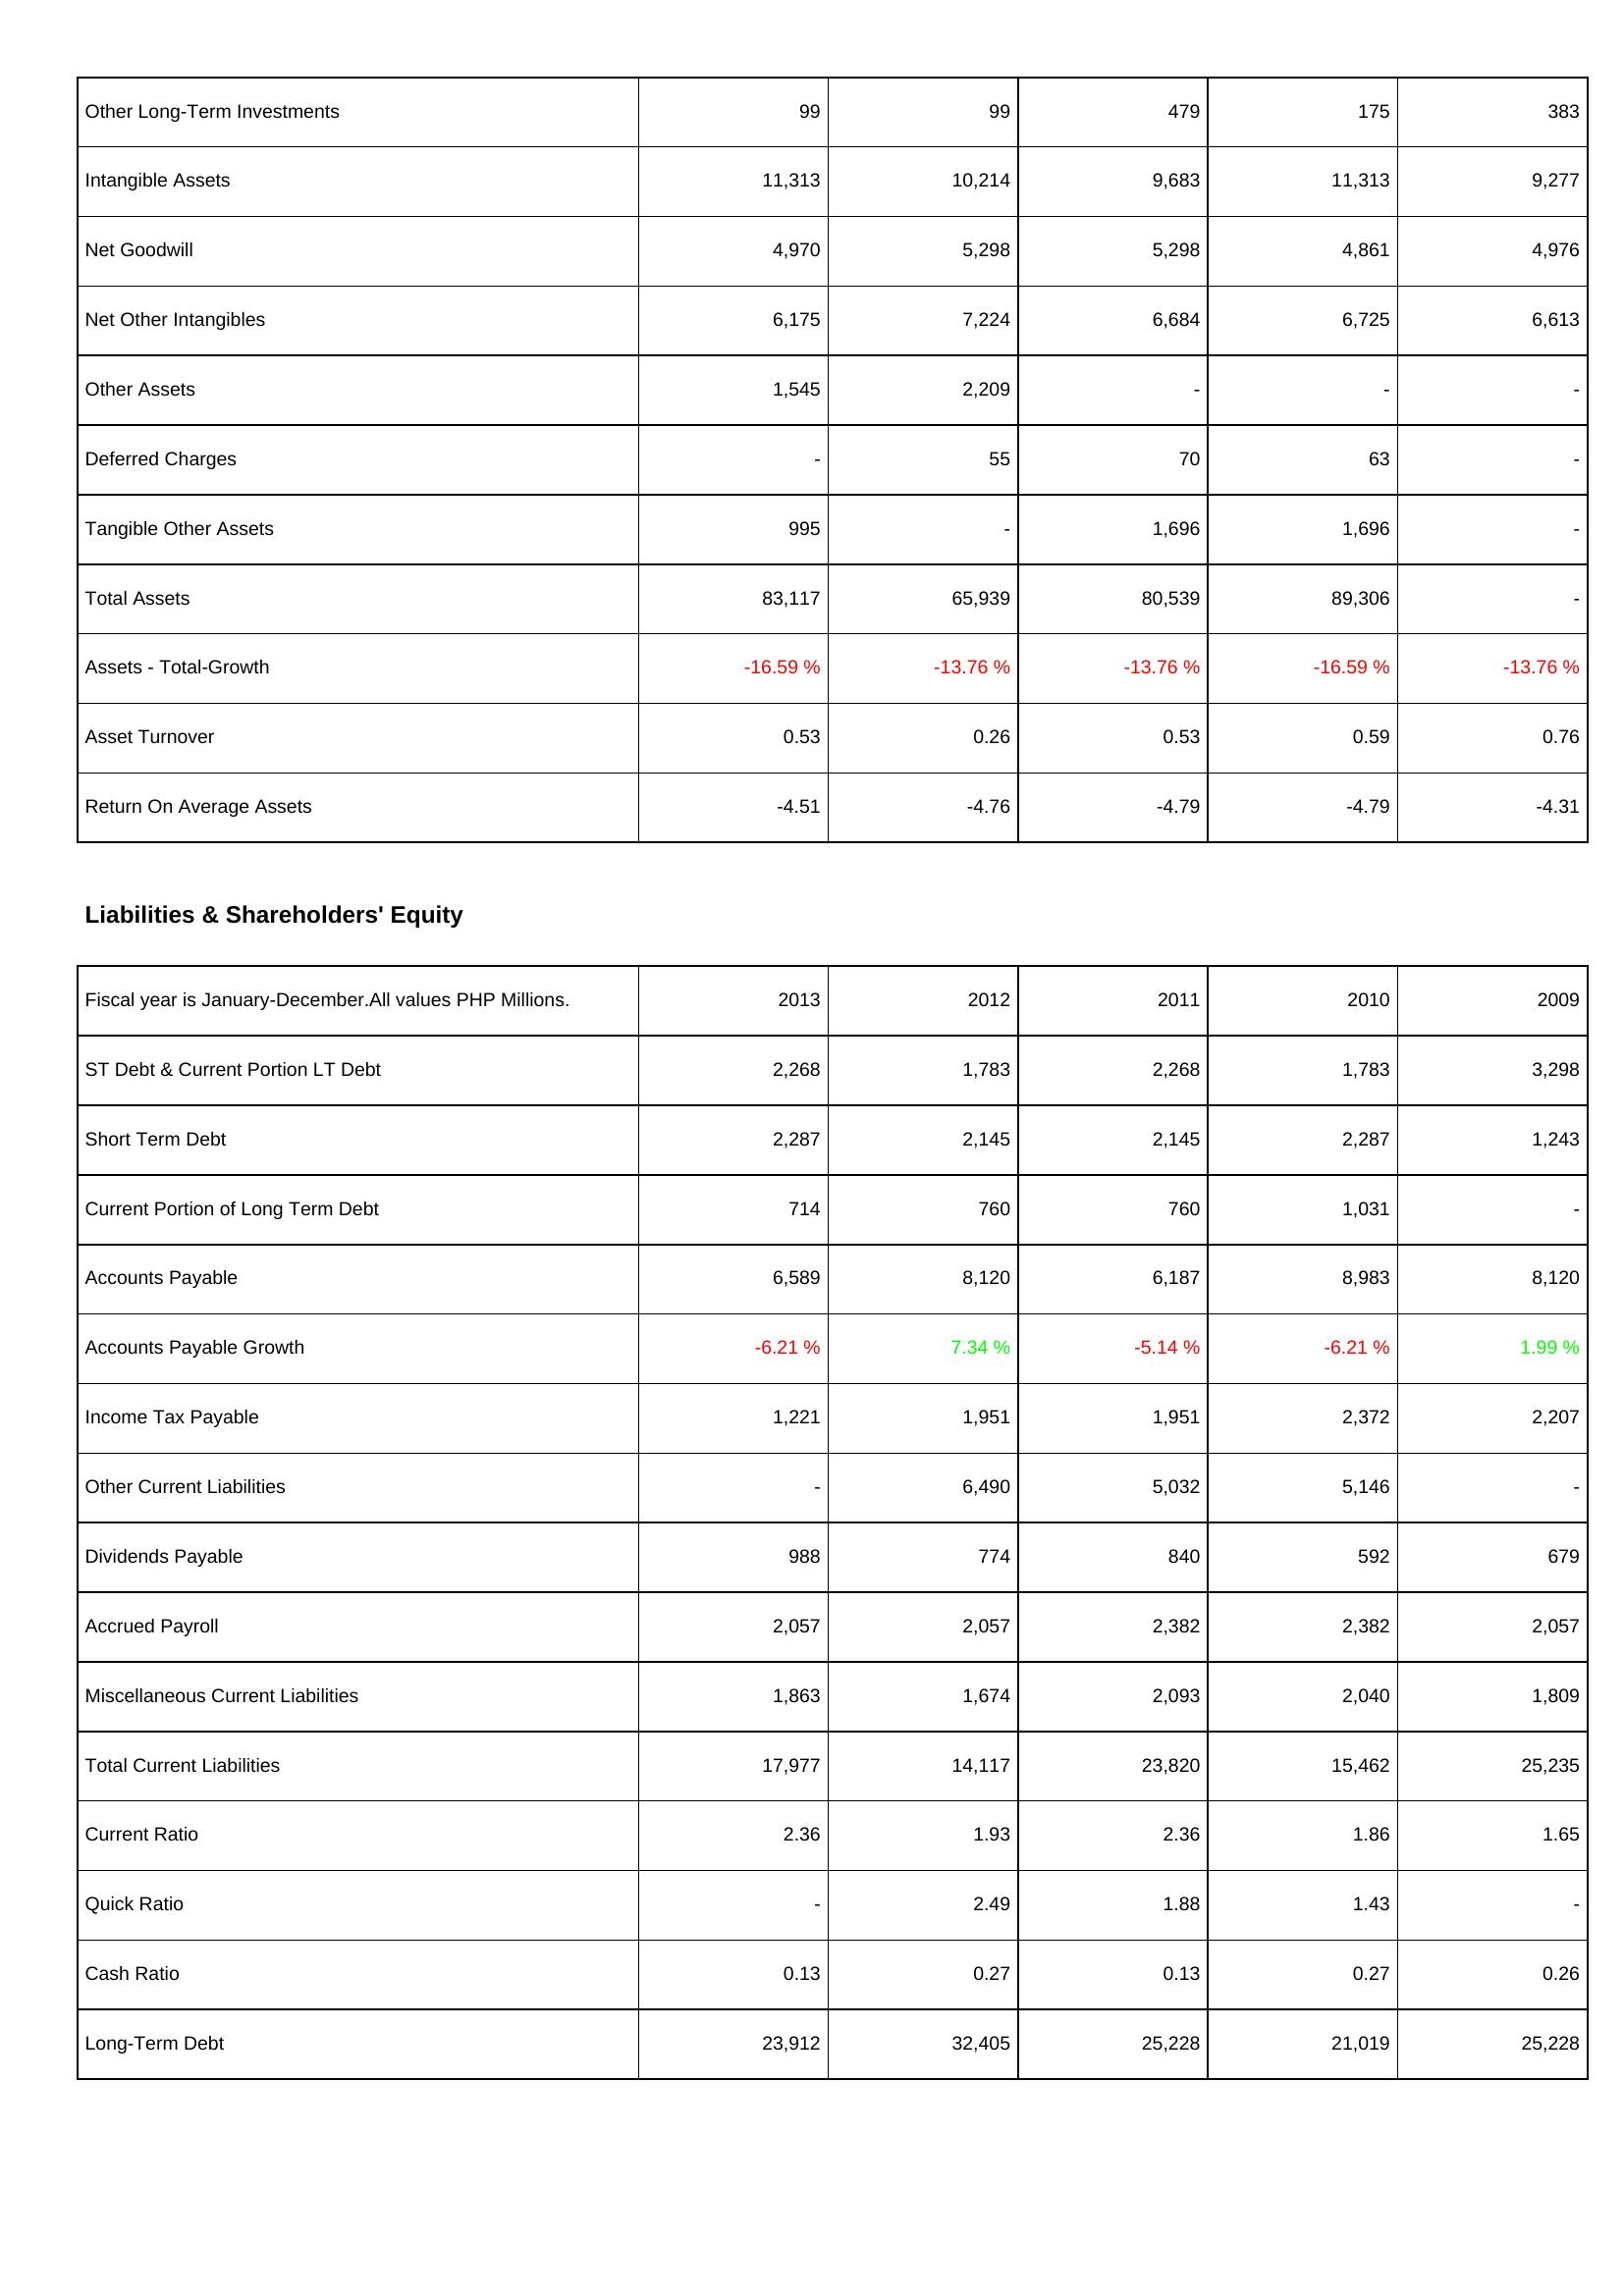
2013: Assets: Other Long-Term Investments: 99
Intangible Assets: 11,313
Net Goodwill: 4,970
Net Other Intangibles: 6,175
Other Assets: 1,545
Deferred Charges: -
Tangible Other Assets: 995
Total Assets: 83,117
Assets - Total-Growth: -16.59 %
Asset Turnover: 0.53
Return On Average Assets: -4.51
Liabilities & Shareholders' Equity: ST Debt & Current Portion LT Debt: 2,268
Short Term Debt: 2,287
Current Portion of Long Term Debt: 714
Accounts Payable: 6,589
Accounts Payable Growth: -6.21 %
Income Tax Payable: 1,221
Other Current Liabilities: -
Dividends Payable: 988
Accrued Payroll: 2,057
Miscellaneous Current Liabilities: 1,863
Total Current Liabilities: 17,977
Current Ratio: 2.36
Quick Ratio: -
Cash Ratio: 0.13
Long-Term Debt: 23,912
2012: Assets: Other Long-Term Investments: 99
Intangible Assets: 10,214
Net Goodwill: 5,298
Net Other Intangibles: 7,224
Other Assets: 2,209
Deferred Charges: 55
Tangible Other Assets: -
Total Assets: 65,939
Assets - Total-Growth: -13.76 %
Asset Turnover: 0.26
Return On Average Assets: -4.76
Liabilities & Shareholders' Equity: ST Debt & Current Portion LT Debt: 1,783
Short Term Debt: 2,145
Current Portion of Long Term Debt: 760
Accounts Payable: 8,120
Accounts Payable Growth: 7.34 %
Income Tax Payable: 1,951
Other Current Liabilities: 6,490
Dividends Payable: 774
Accrued Payroll: 2,057
Miscellaneous Current Liabilities: 1,674
Total Current Liabilities: 14,117
Current Ratio: 1.93
Quick Ratio: 2.49
Cash Ratio: 0.27
Long-Term Debt: 32,405
2011: Assets: Other Long-Term Investments: 479
Intangible Assets: 9,683
Net Goodwill: 5,298
Net Other Intangibles: 6,684
Other Assets: -
Deferred Charges: 70
Tangible Other Assets: 1,696
Total Assets: 80,539
Assets - Total-Growth: -13.76 %
Asset Turnover: 0.53
Return On Average Assets: -4.79
Liabilities & Shareholders' Equity: ST Debt & Current Portion LT Debt: 2,268
Short Term Debt: 2,145
Current Portion of Long Term Debt: 760
Accounts Payable: 6,187
Accounts Payable Growth: -5.14 %
Income Tax Payable: 1,951
Other Current Liabilities: 5,032
Dividends Payable: 840
Accrued Payroll: 2,382
Miscellaneous Current Liabilities: 2,093
Total Current Liabilities: 23,820
Current Ratio: 2.36
Quick Ratio: 1.88
Cash Ratio: 0.13
Long-Term Debt: 25,228
2010: Assets: Other Long-Term Investments: 175
Intangible Assets: 11,313
Net Goodwill: 4,861
Net Other Intangibles: 6,725
Other Assets: -
Deferred Charges: 63
Tangible Other Assets: 1,696
Total Assets: 89,306
Assets - Total-Growth: -16.59 %
Asset Turnover: 0.59
Return On Average Assets: -4.79
Liabilities & Shareholders' Equity: ST Debt & Current Portion LT Debt: 1,783
Short Term Debt: 2,287
Current Portion of Long Term Debt: 1,031
Accounts Payable: 8,983
Accounts Payable Growth: -6.21 %
Income Tax Payable: 2,372
Other Current Liabilities: 5,146
Dividends Payable: 592
Accrued Payroll: 2,382
Miscellaneous Current Liabilities: 2,040
Total Current Liabilities: 15,462
Current Ratio: 1.86
Quick Ratio: 1.43
Cash Ratio: 0.27
Long-Term Debt: 21,019
2009: Assets: Other Long-Term Investments: 383
Intangible Assets: 9,277
Net Goodwill: 4,976
Net Other Intangibles: 6,613
Other Assets: -
Deferred Charges: -
Tangible Other Assets: -
Total Assets: -
Assets - Total-Growth: -13.76 %
Asset Turnover: 0.76
Return On Average Assets: -4.31
Liabilities & Shareholders' Equity: ST Debt & Current Portion LT Debt: 3,298
Short Term Debt: 1,243
Current Portion of Long Term Debt: -
Accounts Payable: 8,120
Accounts Payable Growth: 1.99 %
Income Tax Payable: 2,207
Other Current Liabilities: -
Dividends Payable: 679
Accrued Payroll: 2,057
Miscellaneous Current Liabilities: 1,809
Total Current Liabilities: 25,235
Current Ratio: 1.65
Quick Ratio: -
Cash Ratio: 0.26
Long-Term Debt: 25,228